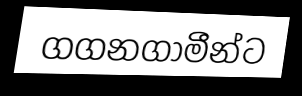
ගගනගාමීන්ට